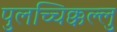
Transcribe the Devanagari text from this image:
पुलच्चिक्कल्लु